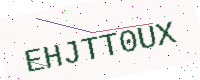
Text: EHJTT0UX